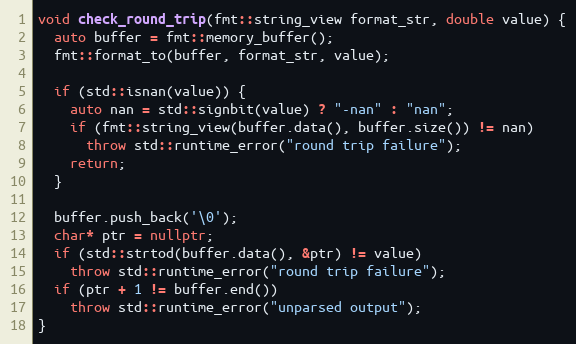
Language: C++
void check_round_trip(fmt::string_view format_str, double value) {
  auto buffer = fmt::memory_buffer();
  fmt::format_to(buffer, format_str, value);

  if (std::isnan(value)) {
    auto nan = std::signbit(value) ? "-nan" : "nan";
    if (fmt::string_view(buffer.data(), buffer.size()) != nan)
      throw std::runtime_error("round trip failure");
    return;
  }

  buffer.push_back('\0');
  char* ptr = nullptr;
  if (std::strtod(buffer.data(), &ptr) != value)
    throw std::runtime_error("round trip failure");
  if (ptr + 1 != buffer.end())
    throw std::runtime_error("unparsed output");
}